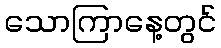
သောကြာနေ့တွင်